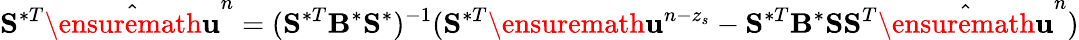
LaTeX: \mathbf{S}^{\ast T}\hat{\ensuremath{\mathbf{u}}}^{n}=(\mathbf{S}^{\ast T}\mathbf{B}^{\ast}\mathbf{S}^{\ast})^{-1}(\mathbf{S}^{\ast T}\ensuremath{\mathbf{u}}^{n-z_{s}}-\mathbf{S}^{\ast T}\mathbf{B}^{\ast}\mathbf{S}\mathbf{S}^{T}\hat{\ensuremath{\mathbf{u}}}^{n})